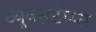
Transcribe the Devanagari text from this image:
व्युक्सटेम्प्स